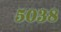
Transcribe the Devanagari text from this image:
५०३८